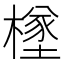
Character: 𪳸